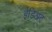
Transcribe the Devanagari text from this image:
ईडिअट